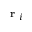
\textbf { r } _ { i }